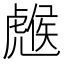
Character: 𧇹